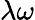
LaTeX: \lambda\omega